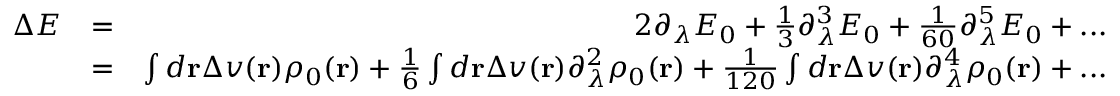
\begin{array} { r l r } { \Delta E } & { = } & { 2 \partial _ { \lambda } E _ { 0 } + \frac { 1 } { 3 } \partial _ { \lambda } ^ { 3 } E _ { 0 } + \frac { 1 } { 6 0 } \partial _ { \lambda } ^ { 5 } E _ { 0 } + . . . } \\ & { = } & { \int d { \bf r } \Delta v ( { \bf r } ) \rho _ { 0 } ( { \bf r } ) + \frac { 1 } { 6 } \int d { \bf r } \Delta v ( { \bf r } ) \partial _ { \lambda } ^ { 2 } \rho _ { 0 } ( { \bf r } ) + \frac { 1 } { 1 2 0 } \int d { \bf r } \Delta v ( { \bf r } ) \partial _ { \lambda } ^ { 4 } \rho _ { 0 } ( { \bf r } ) + . . . } \end{array}